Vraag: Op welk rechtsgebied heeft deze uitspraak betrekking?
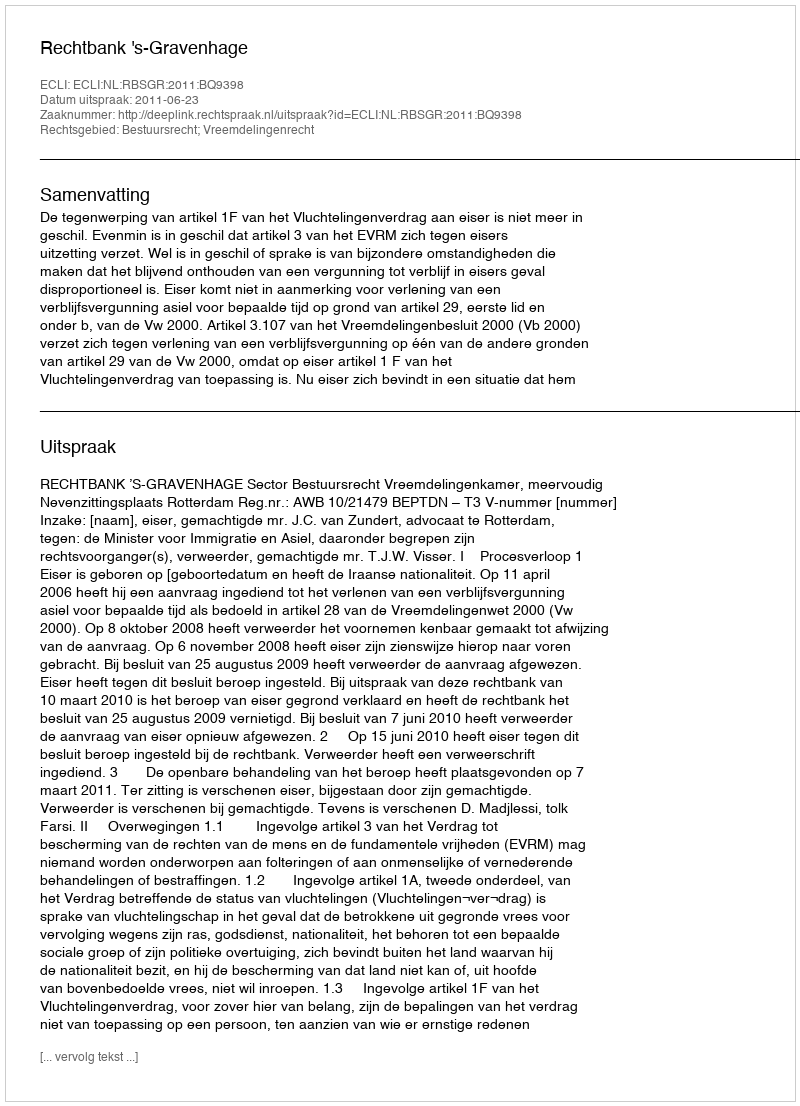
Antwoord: Bestuursrecht; Vreemdelingenrecht